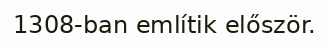
1308-ban említik először.